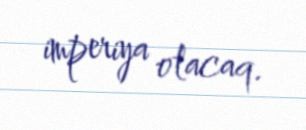
imperiya olacaq.